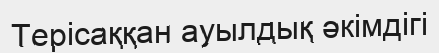
Терісаққан ауылдық әкімдігі